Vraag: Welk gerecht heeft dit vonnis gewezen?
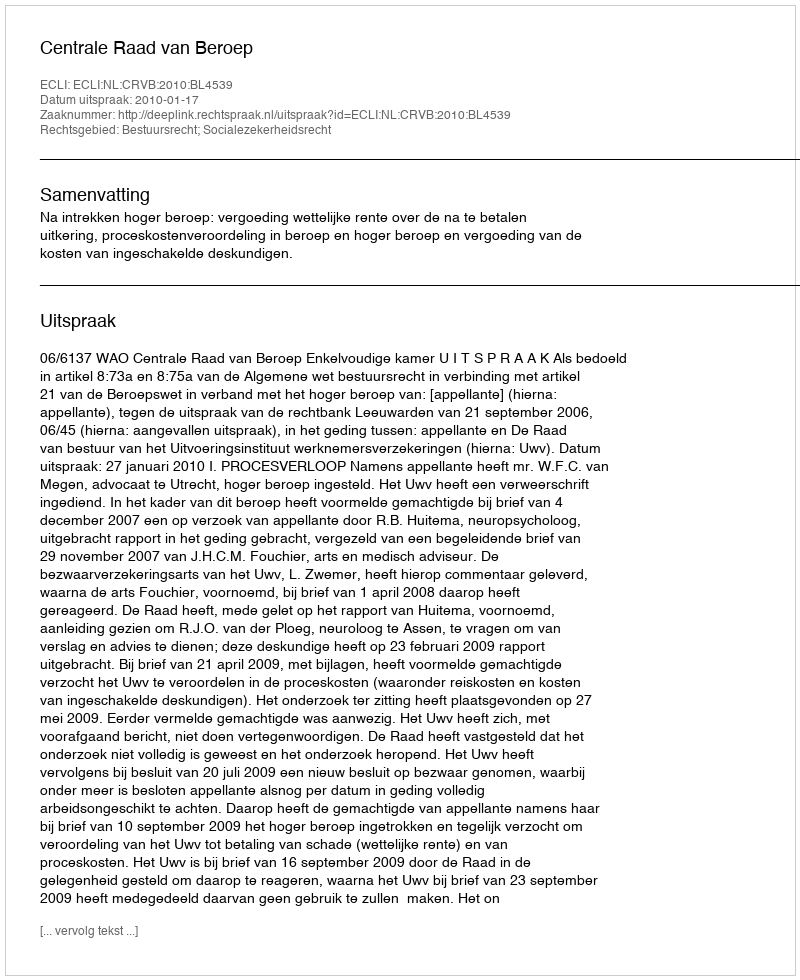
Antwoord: Centrale Raad van Beroep